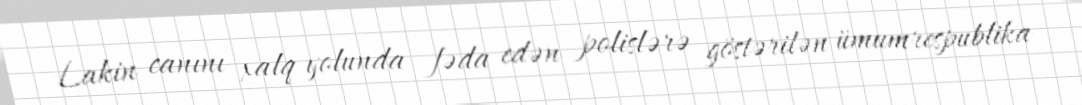
Lakin canını xalq yolunda fəda edən polislərə göstərilən ümumrespublika